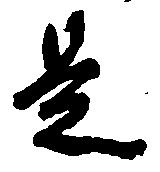
是